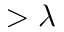
> \lambda